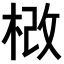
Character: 𣒵